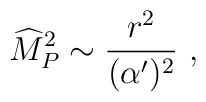
{\widehat M}_P^2\sim {r^2\over(\alpha^\prime)^2}~,